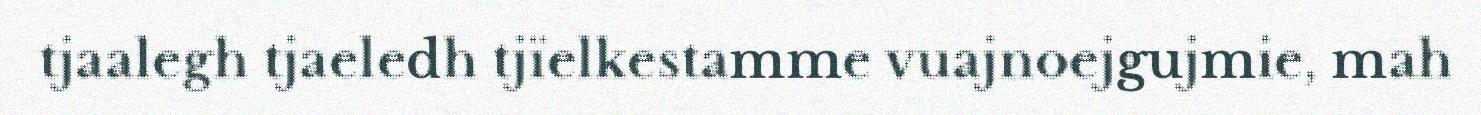
tjaalegh tjaeledh tjïelkestamme vuajnoejgujmie, mah